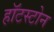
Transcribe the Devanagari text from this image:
हॉटस्टोन